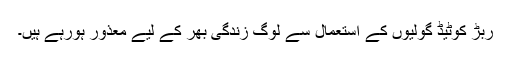
ربڑ کوٹیڈ گولیوں کے استعمال سے لوگ زندگی بھر کے لیے معذور ہورہے ہیں۔